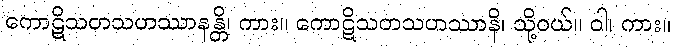
ကောဋိသတသဟဿာနန္တိ၊ ကား။ ကောဋိသတသဟဿာနိ၊ သို့ဝယ်။ ဝါ၊ ကား။